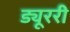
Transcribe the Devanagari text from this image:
ड्यूररी